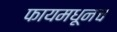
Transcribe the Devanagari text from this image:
फायमधूनच